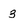
Character: 3